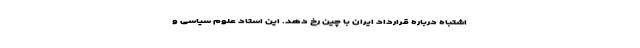
اشتباه درباره قرارداد ایران با چین رخ دهد. این استاد علوم سیاسی و